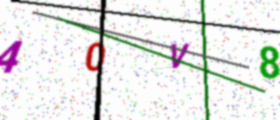
Text: 40V8